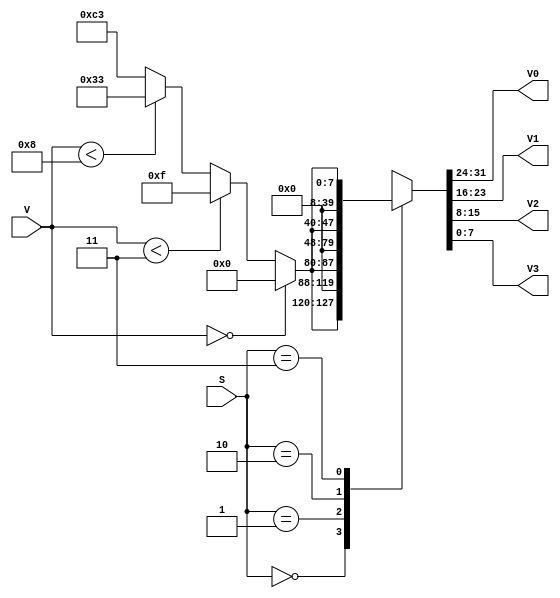
module controle(S, V, V0, V1, V2, V3);
    input [1:0] S;
    input [3:0] V;
    reg [7:0] Vel;
    output reg [7:0] V0, V1, V2, V3;

    always @(*) 
        begin
            //Define a velocidade do motor que vai ser ligado
            if(V == 0) Vel = 0; //Velocidade 0
            else if(V < 3) Vel = 8'b00001111; //Velocidade 1
            else if(V < 8) Vel = 8'b00110011; //Velocidade 2
            else Vel = 8'b11000011; //Velocidade 3

            //Define o motor que ser ligado
            case(S)
                0: {V0,V1,V2,V3} = {Vel,24'd0}; //Ativa o motor 0
				1: {V0,V1,V2,V3} = {8'd0,Vel,16'd0}; //Ativa o motor 1
				2: {V0,V1,V2,V3} = {16'd0,Vel,8'd0}; //Ativa o motor 2
				3: {V0,V1,V2,V3} = {24'd0,Vel}; //Ativa o motor 3
            endcase
        end

endmodule

module top;
    reg [1:0] S;
    reg [3:0] V;
    wire [7:0] V0, V1, V2, V3;

    controle ctrl(.S(S), .V(V), .V0(V0), .V1(V1), .V2(V2), .V3(V3));

    initial 
        begin
            {S, V} = 0;
        end

    always 
        begin
            #1 V++;
        end
    
    initial 
        begin
            #16 S = 1;
            #16 S = 2;
            #16 S = 3;
            #16 $stop;
        end

    initial
        begin
            $dumpfile("ex.dump");
            $dumpvars(0, top);
            $dumpon;
            $display("Tempo \t S \t V \t V1 \t V2 \t V3 \t V4");
            $monitor("%0d \t %d \t %d \t %b \t %b \t %b \t %b", $time, S, V, V0, V1, V2, V3);
        end

    
endmodule